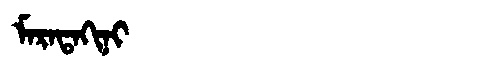
Manchu: ᠮᠠᡵᠠᡨᠠᡴᡳᠨᡳ
Romanization: MARATAKINI